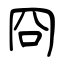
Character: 冏